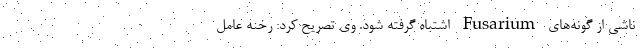
ناشی از گونه‌های Fusarium اشتباه گرفته شود. وی تصریح کرد: رخنه عامل